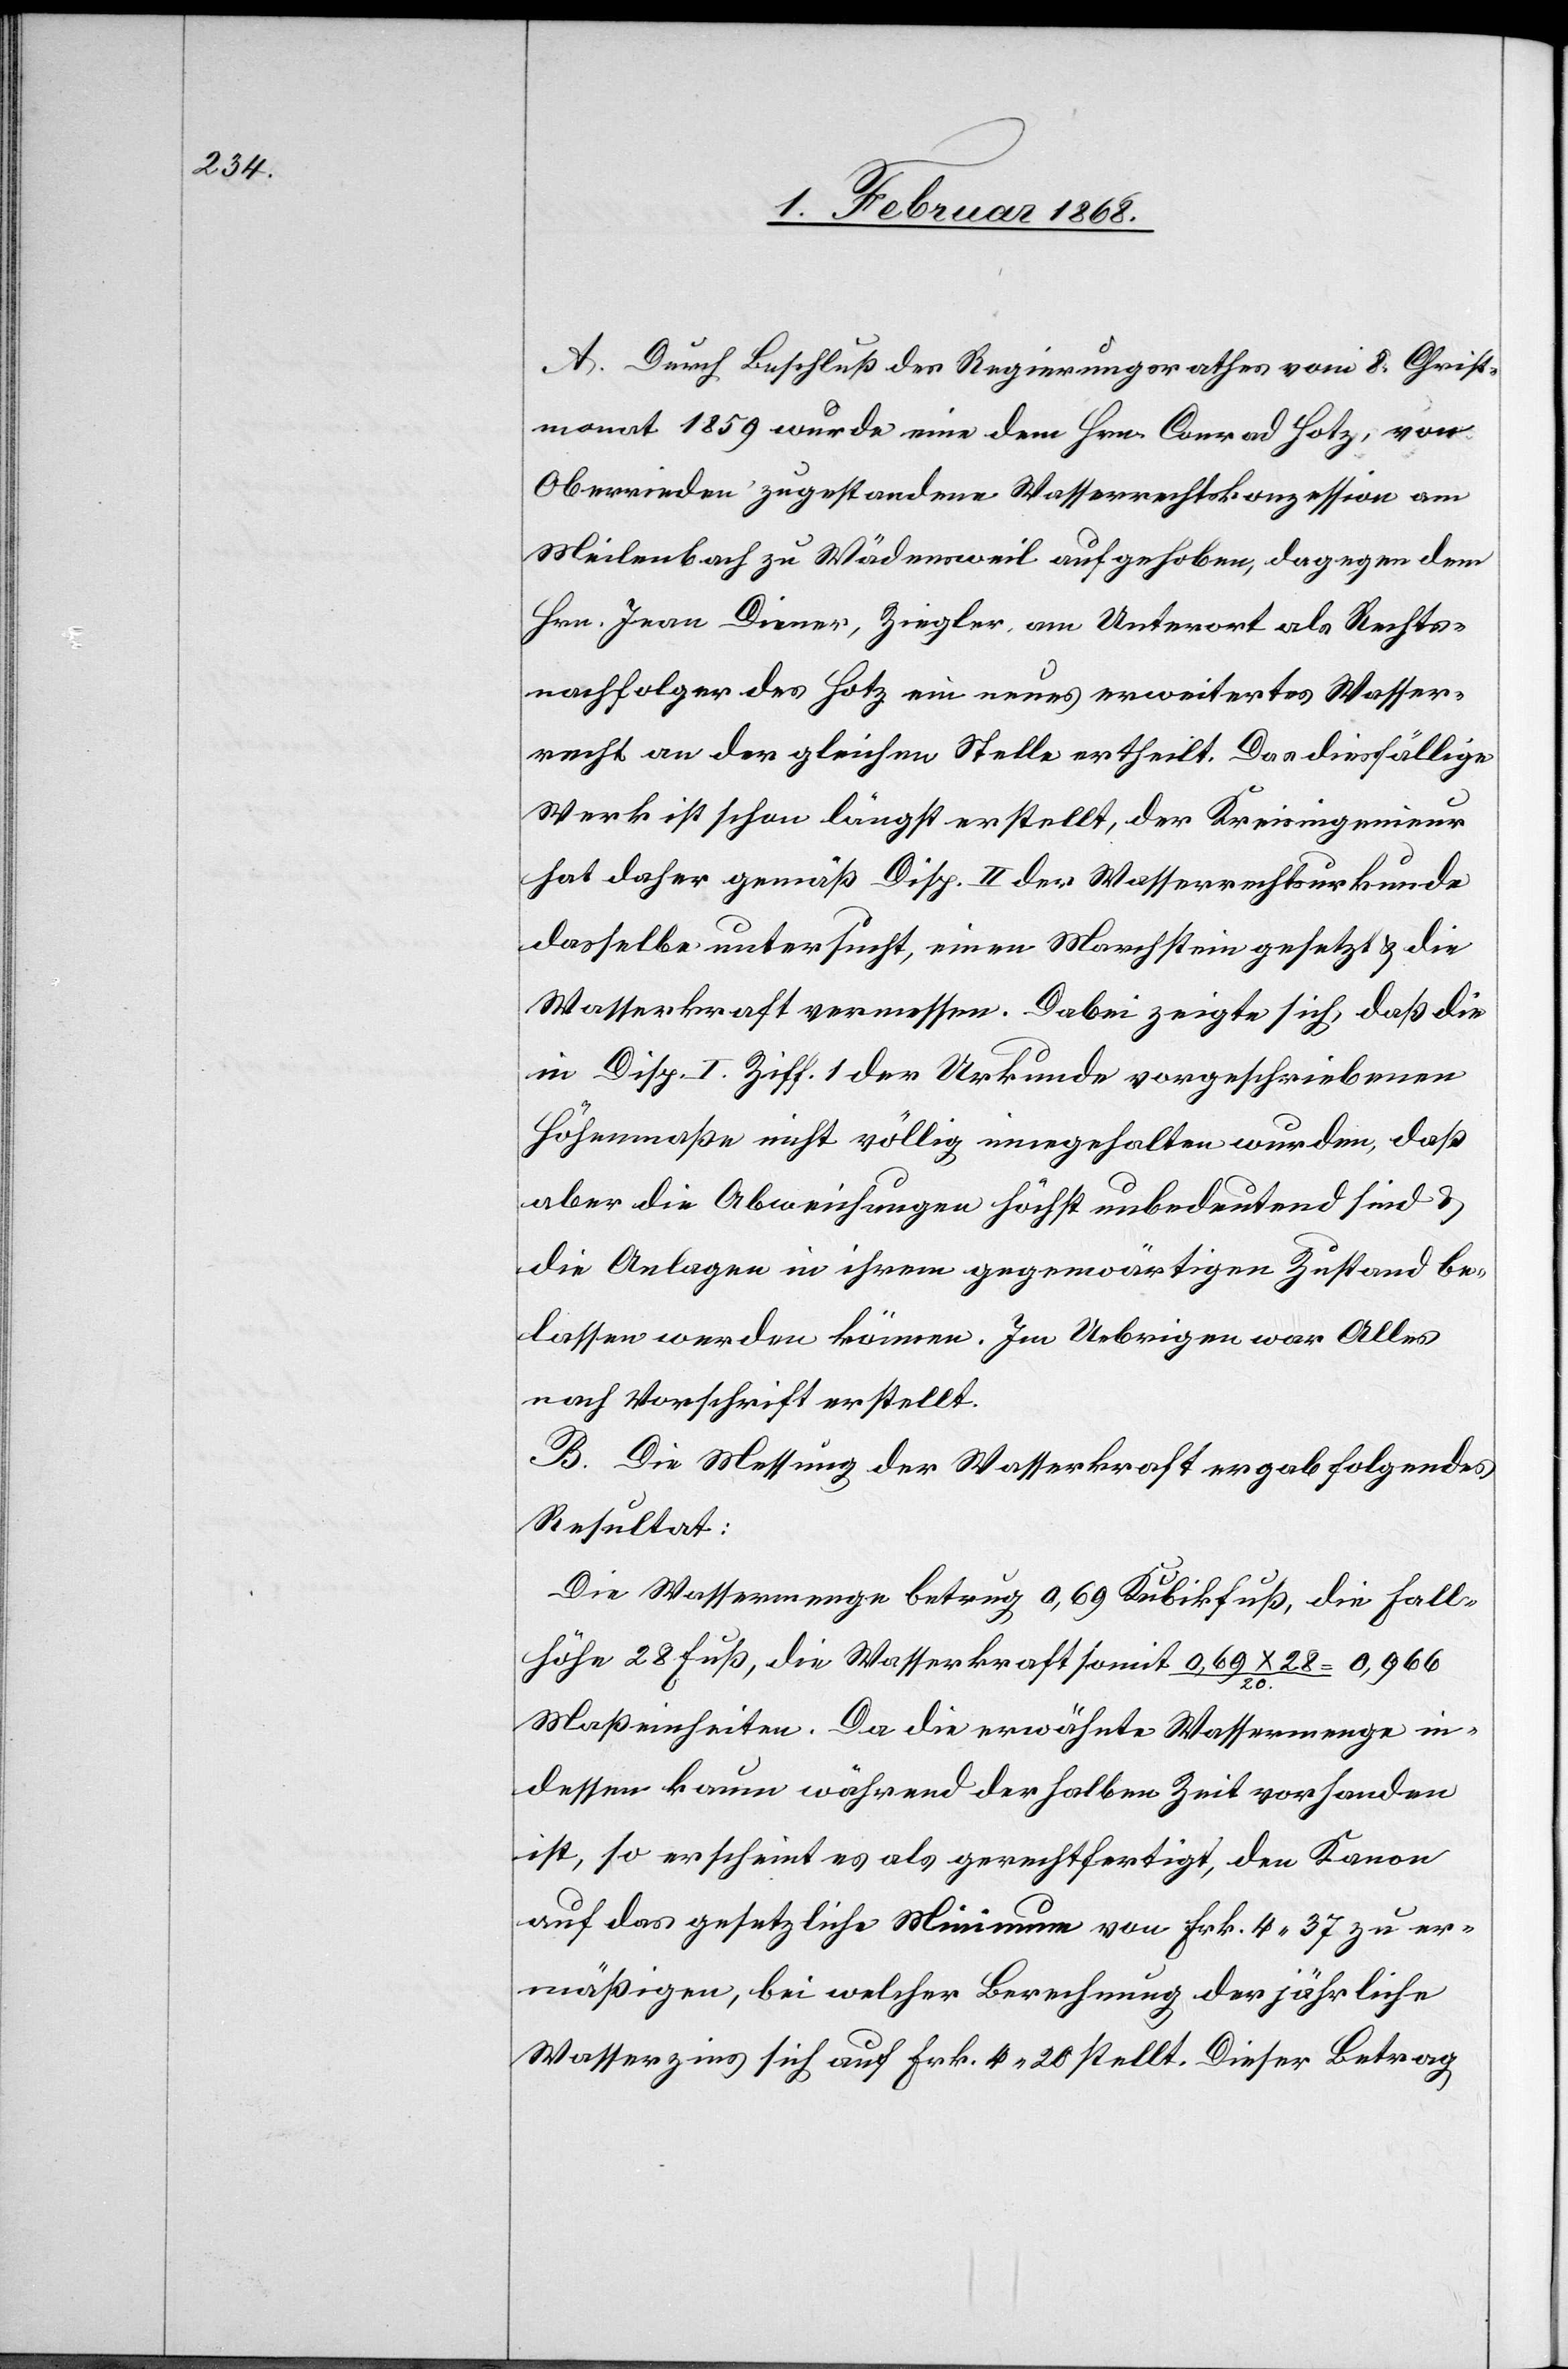
A. Durch Beschluß des Regierungsrathes vom 8. Christ¬
monat 1859 wurde eine dem Hrn. Conrad Hotz, von
Oberrieden zugestandene Wasserrechtskonzession am
Meilenbach zu Wädensweil aufgehoben, dagegen dem
Hrn. Jean Diener, Ziegler, am Unterort als Rechts¬
nachfolger des Hotz ein neues erweitertes Wasser¬
recht an der gleichen Stelle ertheilt. Das diesfällige
Werk ist schon längst erstellt, der Kreisingenieur
hat daher gemäß Disp. II der Wasserrechtsurkunde
dasselbe untersucht, einen Marchstein gesetzt & die
Wasserkraft vermessen. Dabei zeigte sich, daß die
in Disp. I. Ziff. 1 der Urkunde vorgeschriebenen
Höhenmaße nicht völlig innegehalten wurden, daß
aber die Abweichungen höchst unbedeutend sind &
die Anlagen in ihrem gegenwärtigen Zustand be¬
lassen werden können. Im Uebrigen war Alles
nach Vorschrift erstellt.
B. Die Messung der Wasserkraft ergab folgendes
Resultat:
Die Wassermenge betrug 0,69 Kubikfuß, die Fall¬
höhe 28 Fuß, die Wasserkraft somit 0,69 x 28 / 20. = 0,966
Maßeinheiten. Da die erwähnte Wassermenge in¬
dessen kaum während der halben Zeit vorhanden
ist, so erscheint es als gerechtfertigt, den Kanon
auf das gesetzliche Minimum von Frk. 4. 37 zu er¬
mäßigen, bei welcher Berechnung der jährliche
Wasserzins sich auf Frk. 4. 20 stellt. Dieser Betrag